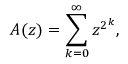
A ( z ) = \sum _ { k = 0 } ^ { \infty } z ^ { 2 ^ { k } } ,